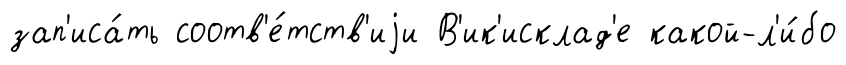
зап'иса́ть соотв'е́тств'иjи В'ик'исклад'е какой-л'и́бо